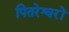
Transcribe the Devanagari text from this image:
पितरेश्वरों